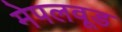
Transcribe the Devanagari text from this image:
मेपलवूड